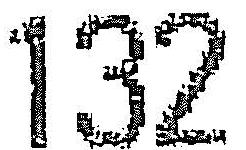
132